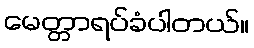
မေတ္တာရပ်ခံပါတယ်။